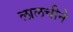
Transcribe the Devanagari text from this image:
लालचीने